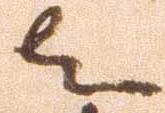
者